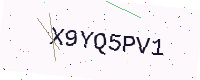
Text: X9YQ5PV1